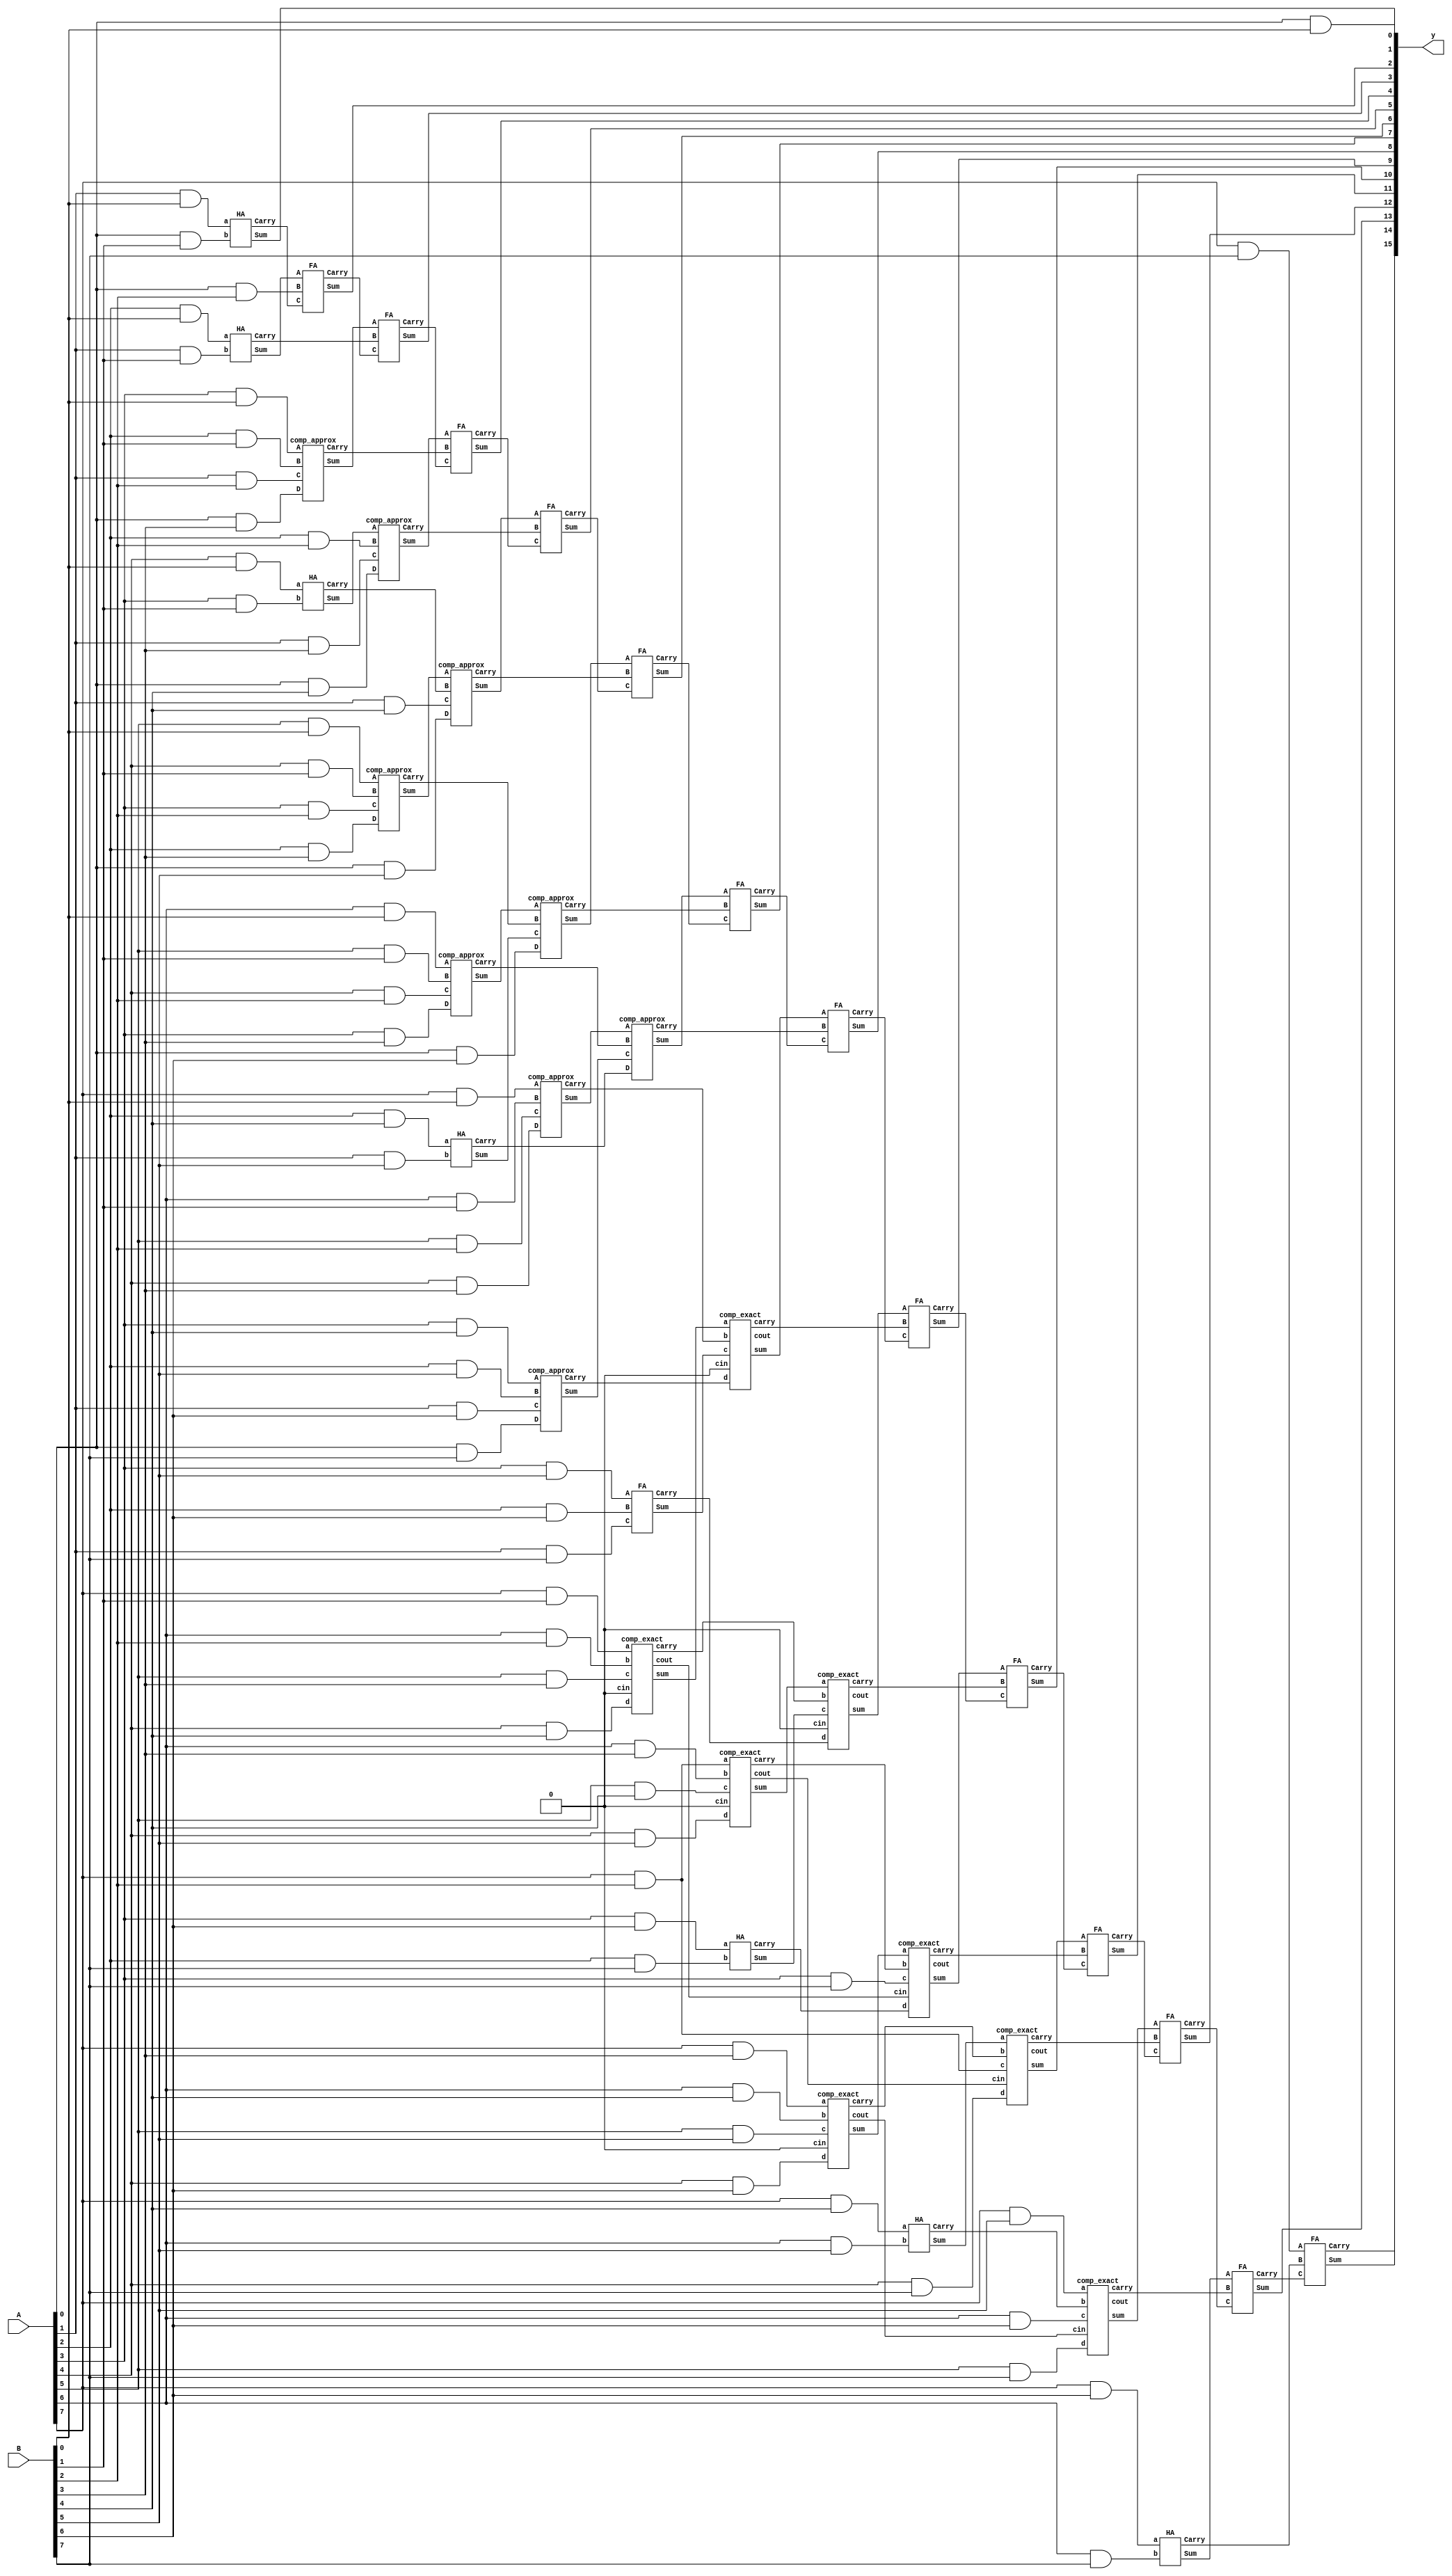
module multiplier3(input [7:0] A, input [7:0] B,output wire [15:0] y);
wire  [63:0] pp;  
wire [11:0]s1,c1;
wire [2:0] cout1;
wire [11:0]s2,c2;
wire [4:0] cout2;
wire [12:0]s3,c3;
wire [4:0] cout3;

genvar i;
genvar j;

for(i = 0; i<8; i=i+1)begin

   for(j = 0; j<8;j = j+1)begin
      assign pp[j+i*8] = A[j]&B[i];
end
end
// stage 1
HA h1(.a(pp[4]),.b(pp[11]),.Sum(s1[0]),.Carry(c1[0]));
HA h2(.a(pp[34]),.b(pp[41]),.Sum(s1[3]),.Carry(c1[3]));
HA h3(.a(pp[51]),.b(pp[58]),.Sum(s1[9]),.Carry(c1[9]));
HA h4(.a(pp[39]),.b(pp[46]),.Sum(s1[11]),.Carry(c1[11]));

FA f1(.A(pp[43]),.B(pp[50]),.C(pp[57]),.Sum(s1[7]),.Carry(c1[7]));

comp_approx g1(.A(pp[5]), .B(pp[12]), .C(pp[19]), .D(pp[26]), .Sum(s1[1]), .Carry(c1[1]) );
comp_approx g2(.A(pp[6]), .B(pp[13]), .C(pp[20]), .D(pp[27]), .Sum(s1[2]), .Carry(c1[2]) );
comp_approx g3(.A(pp[7]), .B(pp[14]), .C(pp[21]), .D(pp[28]), .Sum(s1[4]), .Carry(c1[4]) );
comp_approx g4(.A(pp[35]), .B(pp[42]), .C(pp[49]), .D(pp[56]), .Sum(s1[5]), .Carry(c1[5]) );

comp_exact t1(.a(pp[15]), .b(pp[22]), .c(pp[29]), .d(pp[36]), .cin(1'b0), .sum(s1[6]), .carry(c1[6]), .cout(cout1[0]) );
comp_exact t2(.a(pp[23]), .b(pp[30]), .c(pp[37]), .d(pp[44]), .cin(1'b0), .sum(s1[8]), .carry(c1[8]), .cout(cout1[1]) );
comp_exact t3(.a(pp[31]), .b(pp[38]), .c(pp[45]), .d(pp[52]), .cin(1'b0), .sum(s1[10]), .carry(c1[10]), .cout(cout1[2]) );

//stage 2
HA h5(.a(pp[2]),.b(pp[9]),.Sum(s2[0]),.Carry(c2[0]));
HA h6(.a(pp[55]),.b(pp[62]),.Sum(s2[11]),.Carry(c2[11]));

comp_approx g5(.A(pp[3]), .B(pp[10]), .C(pp[17]), .D(pp[24]), .Sum(s2[1]), .Carry(c2[1]) );
comp_approx g6(.A(s1[0]), .B(pp[18]), .C(pp[25]), .D(pp[32]), .Sum(s2[2]), .Carry(c2[2]) );
comp_approx g7(.A(s1[1]), .B(c1[0]), .C(pp[33]), .D(pp[40]), .Sum(s2[3]), .Carry(c2[3]) );
comp_approx g8(.A(s1[2]), .B(c1[1]), .C(s1[3]), .D(pp[48]), .Sum(s2[4]), .Carry(c2[4]) );
comp_approx g9(.A(s1[4]), .B(c1[2]), .C(s1[5]), .D(c1[3]), .Sum(s2[5]), .Carry(c2[5]) );

comp_exact t4(.a(s1[6]), .b(c1[4]), .c(s1[7]), .d(c1[5]), .cin(1'b0), .sum(s2[6]), .carry(c2[6]), .cout(cout2[0]) );
comp_exact t5(.a(s1[8]), .b(c1[6]), .c(s1[9]), .d(c1[7]), .cin(1'b0), .sum(s2[7]), .carry(c2[7]), .cout(cout2[1])  );
comp_exact t6(.a(s1[10]), .b(c1[8]), .c(pp[59]), .d(c1[9]), .cin(cout1[0]), .sum(s2[8]), .carry(c2[8]), .cout(cout2[2]) );
comp_exact t7(.a(s1[11]), .b(c1[10]), .c(pp[23]), .d(pp[60]), .cin(cout1[1]), .sum(s2[9]), .carry(c2[9]), .cout(cout2[3])  );
comp_exact t8(.a(pp[47]), .b(c1[11]), .c(pp[54]), .d(pp[61]), .cin(cout1[2]), .sum(s2[10]), .carry(c2[10]), .cout(cout2[4])  );

// stage3
HA h7(.a(pp[1]),.b(pp[8]),.Sum(y[1]),.Carry(c3[0]));

FA f2(.A(s2[0]),.B(pp[16]),.C(c3[0]),.Sum(y[2]),.Carry(c3[1]));
FA f3(.A(s2[1]),.B(c2[0]),.C(c3[1]),.Sum(y[3]),.Carry(c3[2]));
FA f4(.A(s2[2]),.B(c2[1]),.C(c3[2]),.Sum(y[4]),.Carry(c3[3]));
FA f5(.A(s2[3]),.B(c2[2]),.C(c3[3]),.Sum(y[5]),.Carry(c3[4]));
FA f6(.A(s2[4]),.B(c2[3]),.C(c3[4]),.Sum(y[6]),.Carry(c3[5]));
FA f7(.A(s2[5]),.B(c2[4]),.C(c3[5]),.Sum(y[7]),.Carry(c3[6]));
FA f8(.A(s2[6]),.B(c2[5]),.C(c3[6]),.Sum(y[8]),.Carry(c3[7]));
FA f9(.A(s2[7]),.B(c2[6]),.C(c3[7]),.Sum(y[9]),.Carry(c3[8]));
FA f10(.A(s2[8]),.B(c2[7]),.C(c3[8]),.Sum(y[10]),.Carry(c3[9]));
FA f11(.A(s2[9]),.B(c2[8]),.C(c3[9]),.Sum(y[11]),.Carry(c3[10]));
FA f12(.A(s2[10]),.B(c2[9]),.C(c3[10]),.Sum(y[12]),.Carry(c3[11]));
FA f13(.A(s2[11]),.B(c2[10]),.C(c3[11]),.Sum(y[13]),.Carry(c3[12]));
FA f14(.A(pp[63]),.B(c2[11]),.C(c3[12]),.Sum(y[14]),.Carry(y[15]));
assign y[0] =  pp[0];

endmodule

module HA(a, b, Sum,Carry);

input a, b; 
output Sum, Carry; 

assign Sum = a ^ b; 
assign Carry = a & b; 

endmodule
module FA(input A,B,C,output Sum,Carry);
wire Sel;
assign Sel=A^B;
assign Sum=Sel^C;
assign Carry = Sel ? C :A ;
endmodule

module comp_exact(input a,b,c,d,cin,output sum,carry,cout);
assign {cout,carry,sum}=a+b+c+d+cin;
endmodule

module comp_approx(input A,B,C,D, output Sum,Carry);
assign Sum= (~(A^B))|(~(C^D));
assign Carry = (A | B) & (C | D);

endmodule